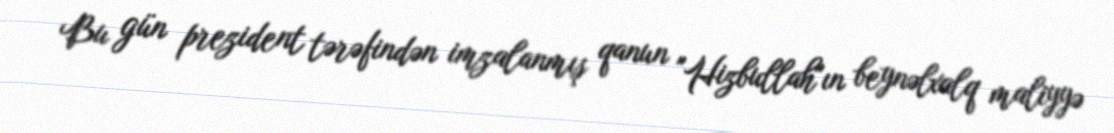
Bu gün prezident tərəfindən imzalanmış qanun "Hizbullah"ın beynəlxalq maliyyə